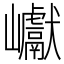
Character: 巘